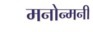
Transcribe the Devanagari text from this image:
मनोन्मनी